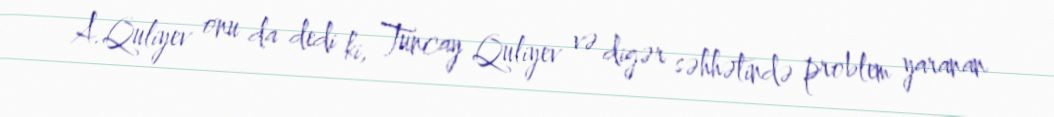
A.Quliyev onu da dedi ki, Tuncay Quliyev və digər səhhətində problem yaranan